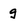
Character: g